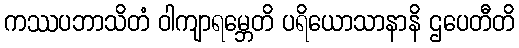
ကဿပဘာသိတံ ဝါကျာရမ္ဘေတိ ပရိယောသာနာနိ ဌပေတီတိ